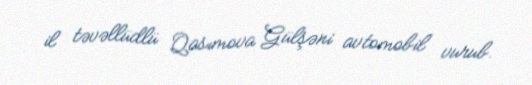
il təvəllüdlü Qasımova Gülşəni avtomobil vurub.